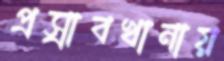
প্রস্রাবখানায়